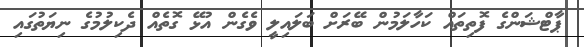
ޕާޓްޝަންގެ ފޮތިތައް ކަހާލަމުން ބޭރަށް ބަލައިލީ ވެގެން އުޅޭ ގޮތެއް ދެކިލުމުގެ ނިޔަތުގައި